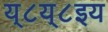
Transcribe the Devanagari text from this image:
य्८य्८इय